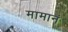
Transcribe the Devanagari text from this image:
मामानं